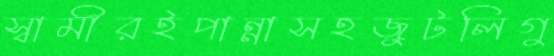
স্বামীরইপান্নাসহজুটলিগু